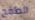
الطفح